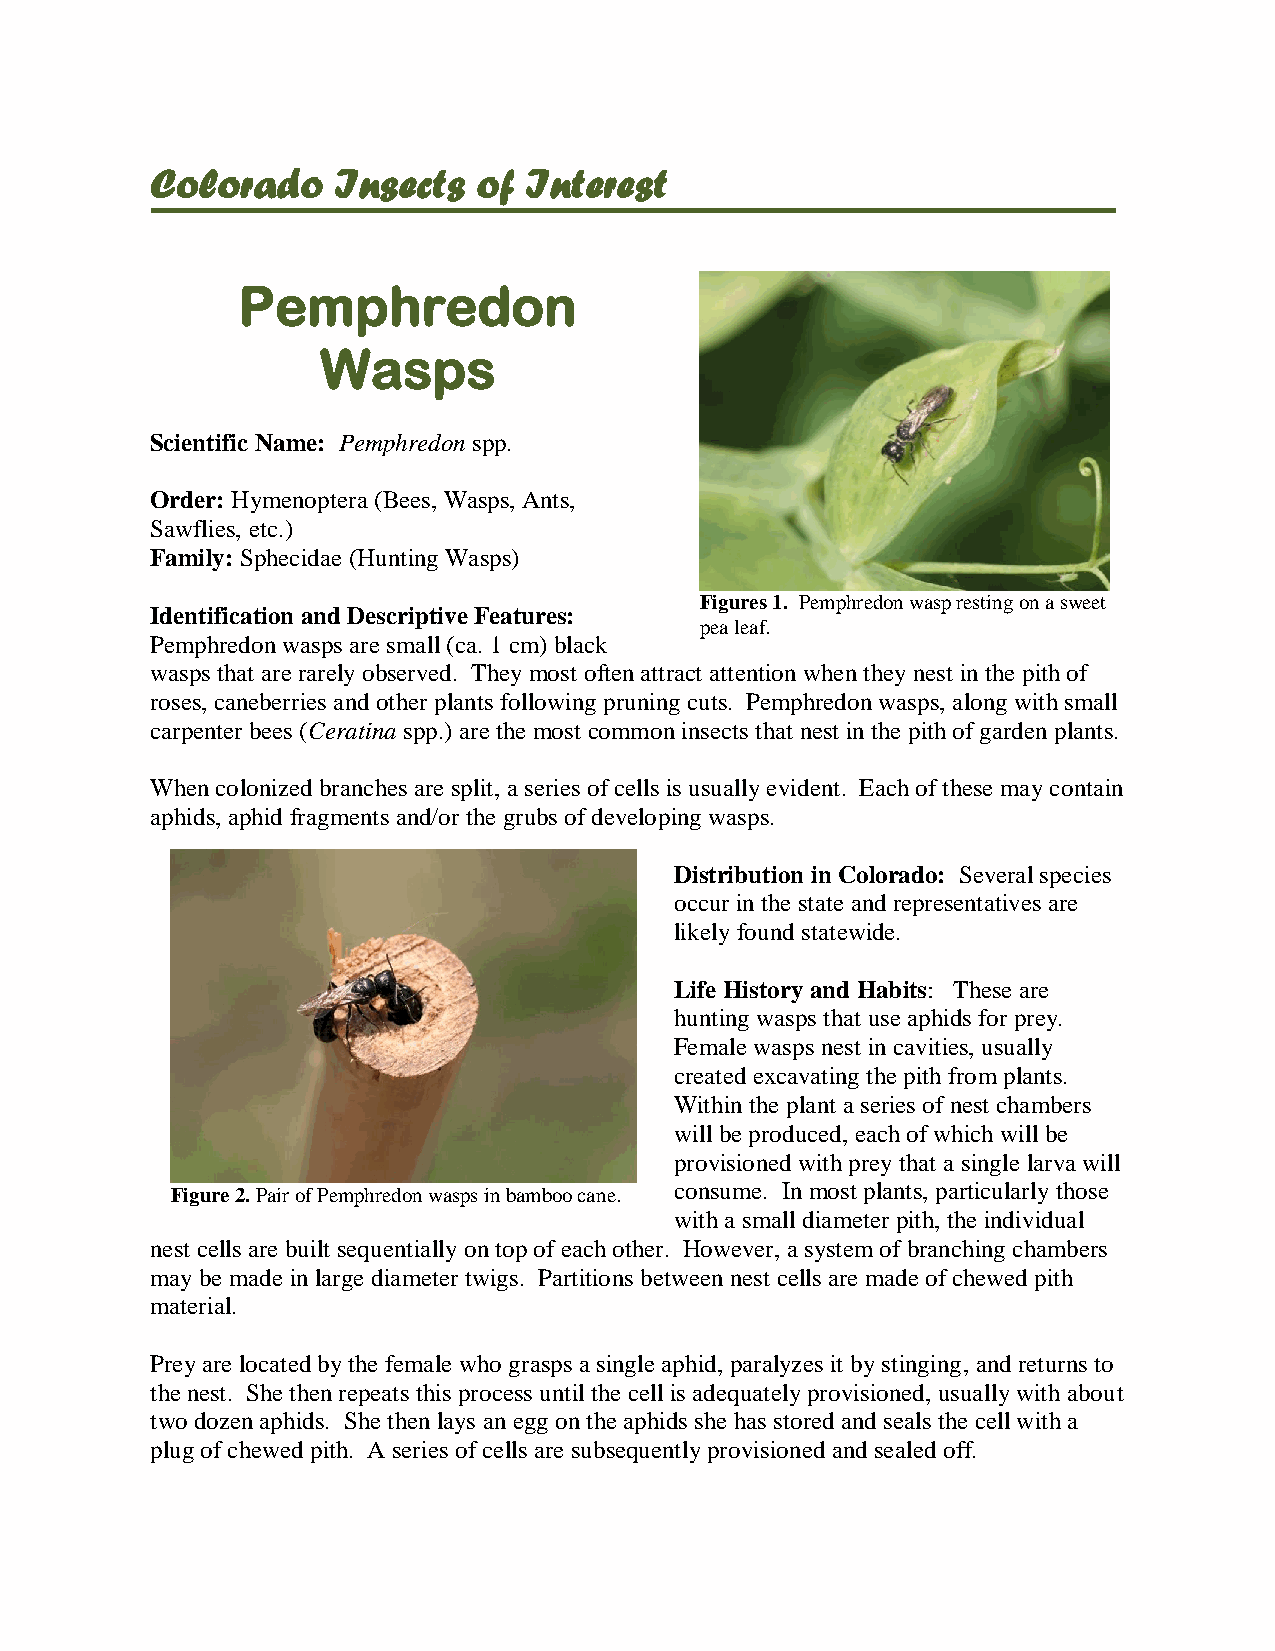
Colorado    Insects   of Interest
 Pemphredon
 Wasps
 Scientific Name: Pemphredon spp.
 Order: Hymenoptera (Bees, Wasps, Ants,
 Sawflies, etc.)
 Family: Sphecidae (Hunting Wasps)
 Figures 1. Pemphredon wasp resting on a sweet
 Identification and Descriptive Features:
 pea leaf.
 Pemphredon wasps are small (ca. 1 cm) black
 wasps that are rarely observed. They most often attract attention when they nest in the pith of
 roses, caneberries and other plants following pruning cuts. Pemphredon wasps, along with small
 carpenter bees (Ceratina spp.) are the most common insects that nest in the pith of garden plants.
 When colonized branches are split, a series of cells is usually evident. Each of these may contain
 aphids, aphid fragments and/or the grubs of developing wasps.
 Distribution in Colorado: Several species
 occur in the state and representatives are
 likely found statewide.
 Life History and Habits: These are
 hunting wasps that use aphids for prey.
 Female wasps nest in cavities, usually
 created excavating the pith from plants.
 Within the plant a series of nest chambers
 will be produced, each of which will be
 provisioned with prey that a single larva will
 Figure 2. Pair of Pemphredon wasps in bamboo cane. consume. In most plants, particularly those
 with a small diameter pith, the individual
 nest cells are built sequentially on top of each other. However, a system of branching chambers
 may be made in large diameter twigs. Partitions between nest cells are made of chewed pith
 material.
 Prey are located by the female who grasps a single aphid, paralyzes it by stinging, and returns to
 the nest. She then repeats this process until the cell is adequately provisioned, usually with about
 two dozen aphids. She then lays an egg on the aphids she has stored and seals the cell with a
 plug of chewed pith. A series of cells are subsequently provisioned and sealed off.